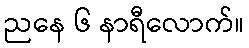
ညနေ ၆ နာရီလောက်။